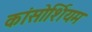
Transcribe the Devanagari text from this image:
कांसोर्शियम